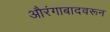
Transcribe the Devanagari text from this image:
औरंगाबादवरून